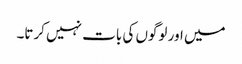
میں اور لوگوں کی بات نہیں کرتا۔